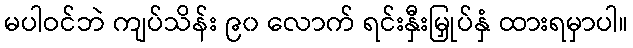
မပါဝင်ဘဲ ကျပ်သိန်း ၉၀ လောက် ရင်းနှီးမြှုပ်နှံ ထားရမှာပါ။